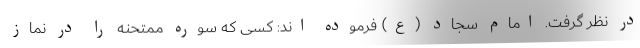
در نظر گرفت. امام سجاد (ع) فرموده اند: کسی که سوره ممتحنه را در نماز